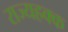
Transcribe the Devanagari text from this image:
राज्यहक्क